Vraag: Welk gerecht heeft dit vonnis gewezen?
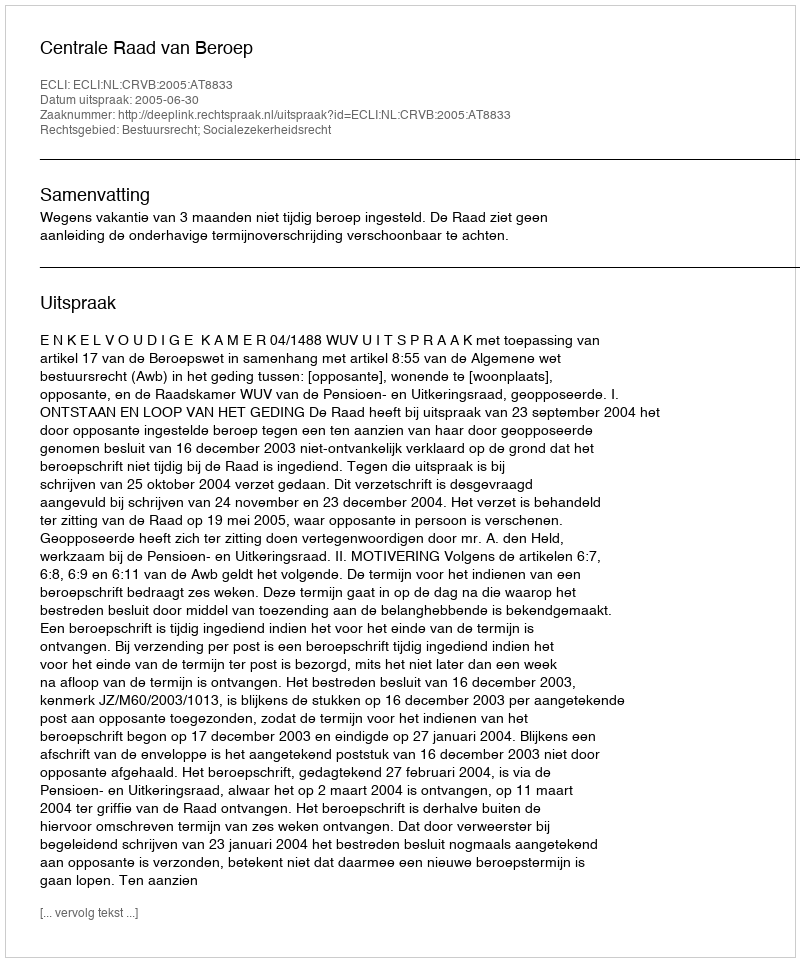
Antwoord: Centrale Raad van Beroep